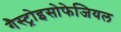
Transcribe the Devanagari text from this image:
गैस्ट्रोइसोफेजियल